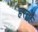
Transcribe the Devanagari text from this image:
हरतौ